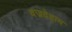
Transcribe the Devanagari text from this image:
वज्रदेहाय